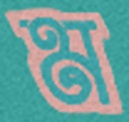
ম